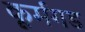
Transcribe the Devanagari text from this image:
कूर्मगड